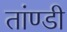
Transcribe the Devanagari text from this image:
तांण्डी